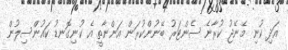
އަދި ކުނި މެނޭޖު ކުރާނެ ސެންޓަރު ބޭނުންކުރަން އަންނާތީ އެ ކުނިގޮނޑު ކައުންސިލުން